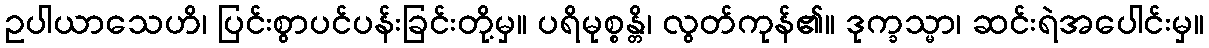
ဥပါယာသေဟိ၊ ပြင်းစွာပင်ပန်းခြင်းတို့မှ။ ပရိမုစ္စန္တိ၊ လွတ်ကုန်၏။ ဒုက္ခသ္မာ၊ ဆင်းရဲအပေါင်းမှ။